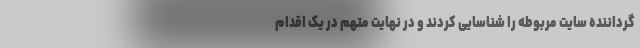
گرداننده سایت مربوطه را شناسایی کردند و در نهایت متهم در یک اقدام